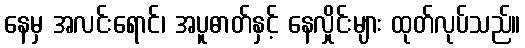
နေမှ အလင်းရောင်၊ အပူဓာတ်နှင့် နေလှိုင်းများ ထုတ်လုပ်သည်။